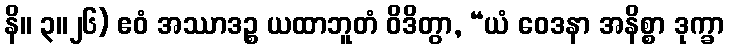
နိ။ ၃။၂၆) ဧဝံ အဿာဒဉ္စ ယထာဘူတံ ဝိဒိတွာ, “ယံ ဝေဒနာ အနိစ္စာ ဒုက္ခာ